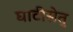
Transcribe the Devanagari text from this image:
घाटीसेतु